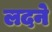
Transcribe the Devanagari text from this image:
लदने